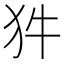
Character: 𭷽